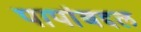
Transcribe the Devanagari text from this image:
पापांबद्दल